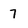
Character: 7